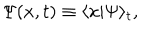
\Psi ( x , t ) \equiv \langle x | \Psi \rangle _ { t } ,